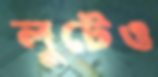
লুটেও